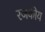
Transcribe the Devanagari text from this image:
रजकीय